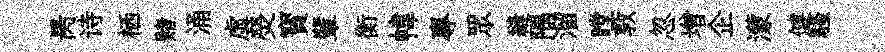
昺诗栖赌涌虛熒寳輩衡幃專眾縫隅溜瞠敦忽增企濛健騷